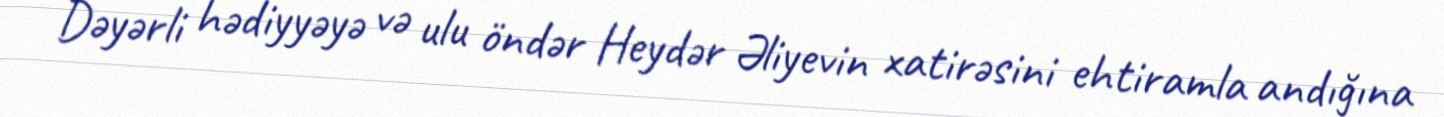
Dəyərli hədiyyəyə və ulu öndər Heydər Əliyevin xatirəsini ehtiramla andığına